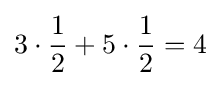
3\cdot {\frac {1}{2}}+5\cdot {\frac {1}{2}}=4